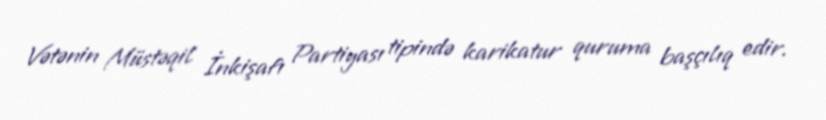
Vətənin Müstəqil İnkişafı Partiyası tipində karikatur quruma başçılıq edir.